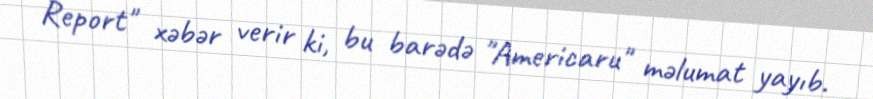
Report" xəbər verir ki, bu barədə "Americaru" məlumat yayıb.